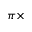
\pi \times